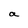
Character: a